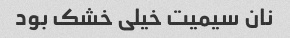
نان سیمیت خیلی خشک بود